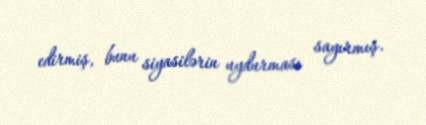
edirmiş, bunu siyasilərin uydurması sayırmış.